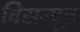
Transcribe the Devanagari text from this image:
विसन्यूज़